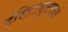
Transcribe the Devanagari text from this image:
इंस्टिट्यूटमध्ये